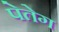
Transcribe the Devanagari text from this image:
पेतेग